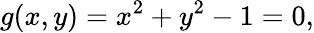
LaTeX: g(x,y)=x^{2}+y^{2}-1=0,